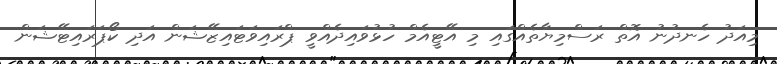
މިއަދު ހެނދުނު އޮތް ރަސްމިޔާތެއްގައި މި އޭޓީއެމް ހުޅުވައިދެއްވީ ޕްރައިވަޓައިޒޭޝަން އަދި ކޯޕަރައިޓޭޝަން